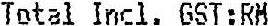
TOTAL INCL. GST:RM